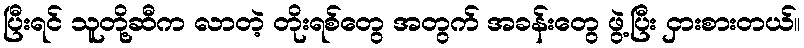
ပြီးရင် သူတို့ဆီက လာတဲ့ တိုးရစ်တွေ အတွက် အခန်းတွေ ဖွဲ့ပြီး ငှားစားတယ်။